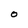
Character: 0